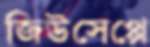
জিউসেপ্পে